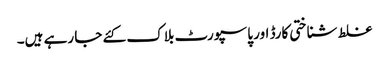
غلط شناختی کارڈ اور پاسپورٹ بلاک کئے جا رہے ہیں۔